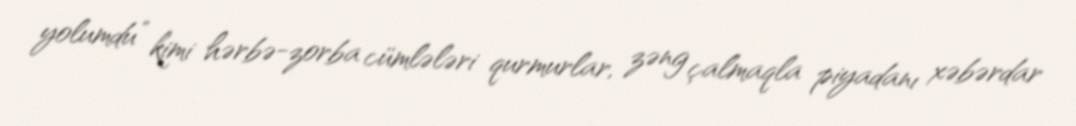
yolumdu” kimi hərbə-zorba cümlələri qurmurlar, zəng çalmaqla piyadanı xəbərdar